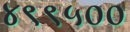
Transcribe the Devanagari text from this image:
४९९५००